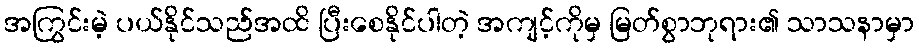
အကြွင်းမဲ့ ပယ်နိုင်သည်အထိ ပြီးစေနိုင်ပါတဲ့ အကျင့်ကိုမှ မြတ်စွာဘုရား၏ သာသနာမှာ